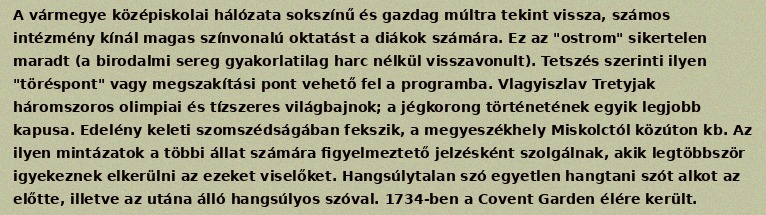
A vármegye középiskolai hálózata sokszínű és gazdag múltra tekint vissza, számos intézmény kínál magas színvonalú oktatást a diákok számára. Ez az "ostrom" sikertelen maradt (a birodalmi sereg gyakorlatilag harc nélkül visszavonult). Tetszés szerinti ilyen "töréspont" vagy megszakítási pont vehető fel a programba. Vlagyiszlav Tretyjak háromszoros olimpiai és tízszeres világbajnok; a jégkorong történetének egyik legjobb kapusa. Edelény keleti szomszédságában fekszik, a megyeszékhely Miskolctól közúton kb. Az ilyen mintázatok a többi állat számára figyelmeztető jelzésként szolgálnak, akik legtöbbször igyekeznek elkerülni az ezeket viselőket. Hangsúlytalan szó egyetlen hangtani szót alkot az előtte, illetve az utána álló hangsúlyos szóval. 1734-ben a Covent Garden élére került.